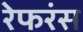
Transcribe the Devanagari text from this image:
रेफरंस